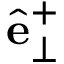
\hat { \mathbf { e } } _ { \perp } ^ { + }